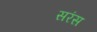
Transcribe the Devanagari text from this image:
सरंस